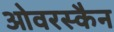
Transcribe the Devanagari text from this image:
ओवरस्कैन